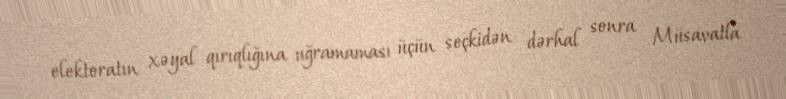
elektoratın xəyal qırıqlığına uğramaması üçün seçkidən dərhal sonra Müsavatla